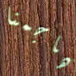
هاجمنا